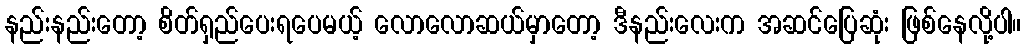
နည်းနည်းတော့ စိတ်ရှည်ပေးရပေမယ့် လောလောဆယ်မှာတော့ ဒီနည်းလေးက အဆင်ပြေဆုံး ဖြစ်နေလို့ပါ။